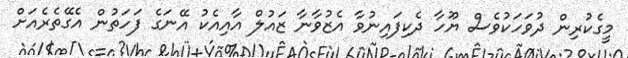
މީގެކުރިން ދުވަހަކުވެސް ޔޫހާ ދެކިފައިނުވާ އެޒުވާނާ ޒައުލް އާއިއެކު އޭނަގެ ފަހަތުން އެގޭތެރެއަށް